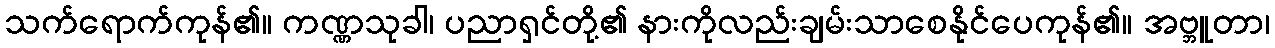
သက်ရောက်ကုန်၏။ ကဏ္ဏသုခါ၊ ပညာရှင်တို့၏ နားကိုလည်းချမ်းသာစေနိုင်ပေကုန်၏။ အဗ္ဘူတာ၊